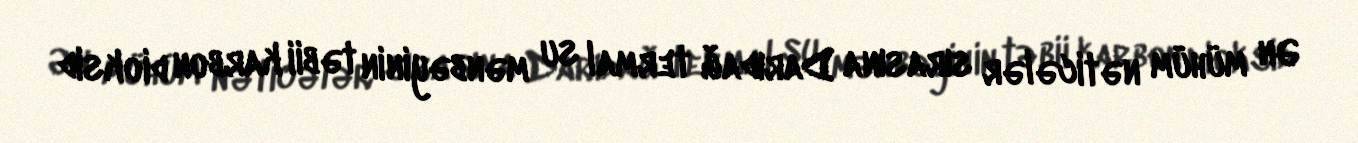
Ən mühüm nəticələr sırasına Darıdağ termal su mənbəyinin təbii karbon dioksid